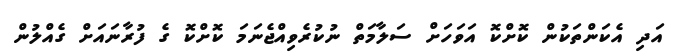
އަދި އެކަންތަކުން ކޮށްކޮ އަވަހަށް ސަލާމަތް ނުކުރެވިއްޖެނަމަ ކޮށްކޮ ގެ ފުރާނައަށް ގެއްލުން